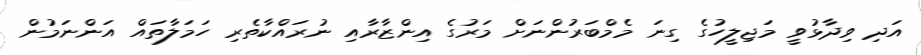
އަދި ވިދާޅުވީ މަޖިލީހުގެ ގިނަ މެމްބަރުންނަށް މަރުގެ އިންޒާރާއި ނުރައްކާތެރި ހަމަލާތައް އަންނަމުން